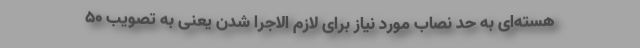
هسته‌ای به حد نصاب مورد نیاز برای لازم الاجرا شدن یعنی به تصویب ۵۰